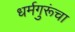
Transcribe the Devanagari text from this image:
धर्मगुरूंचा